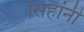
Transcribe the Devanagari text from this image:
सिंहांनी